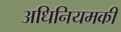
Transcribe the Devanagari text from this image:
अधिनियमकी